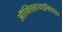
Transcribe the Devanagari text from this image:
ऑक्सिहायड्रॉक्साइड